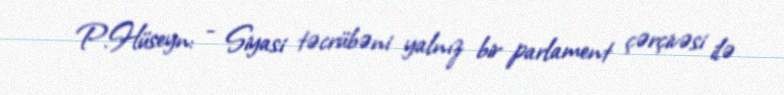
P.Hüseyn: - Siyasi təcrübəni yalnız bir parlament çərçivəsi ilə